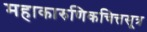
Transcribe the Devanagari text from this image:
महाकारुणिकचित्तसूत्र